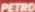
PETRO